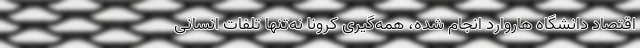
اقتصاد دانشگاه هاروارد انجام شده، همه‌گیری کرونا نه‌تنها تلفات انسانی